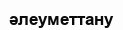
әлеуметтану